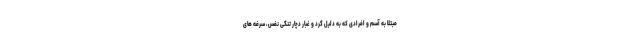
مبتلا به آسم و افرادی که به دلیل گرد و غبار دچار تنگی نفس، سرفه های